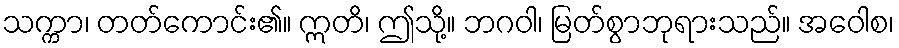
သက္ကာ၊ တတ်ကောင်း၏။ ဣတိ၊ ဤသို့။ ဘဂဝါ၊ မြတ်စွာဘုရားသည်။ အဝေါစ၊